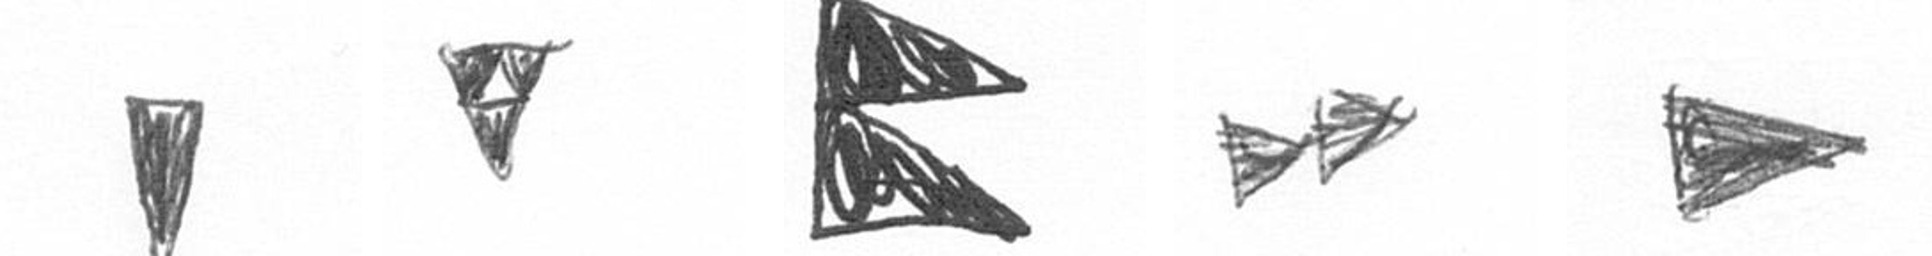
J S P A T